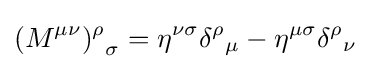
{(M^{\mu \nu })^{\rho }}_{\sigma }=\eta ^{\nu \sigma }{\delta ^{\rho }}_{\mu }-\eta ^{\mu \sigma }{\delta ^{\rho }}_{\nu }